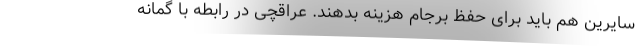
سایرین هم باید برای حفظ برجام هزینه بدهند. عراقچی در رابطه با گمانه